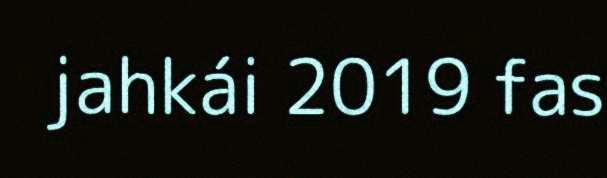
jahkái 2019 fas